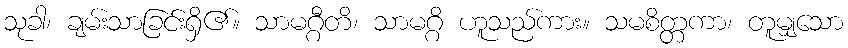
သုခါ၊ ချမ်းသာခြင်းရှိ၏။ သာမဂ္ဂီတိ၊ သာမဂ္ဂိ ဟူသည်ကား။ သမစိတ္တကာ၊ တူမျှသော